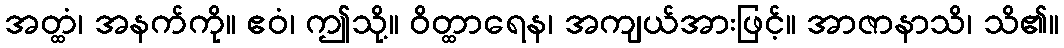
အတ္ထံ၊ အနက်ကို။ ဧဝံ၊ ဤသို့။ ဝိတ္ထာရေန၊ အကျယ်အားဖြင့်။ အာဇာနာသိ၊ သိ၏။